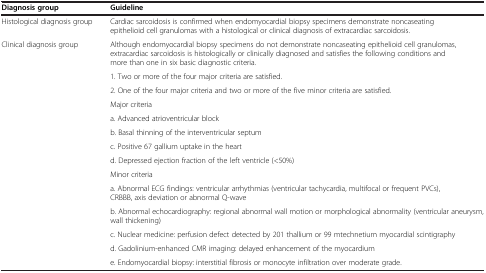
| Diagnosis group | Guideline |
 | --- | --- |
 | Histological diagnosis group | Cardiac sarcoidosis is confirmed when endomyocardial biopsy specimens demonstrate noncaseating epithelioid cell granulomas with a histological or clinical diagnosis of extracardiac sarcoidosis. |
 | Clinical diagnosis group | Although endomyocardial biopsy specimens do not demonstrate noncaseating epithelioid cell granulomas, extracardiac sarcoidosis is histologically or clinically diagnosed and satisfies the following conditions and more than one in six basic diagnostic criteria. |
 |  | 1. Two or more of the four major criteria are satisfied. |
 |  | 2. One of the four major criteria and two or more of the five minor criteria are satisfied. |
 |  | Major criteria |
 |  | a. Advanced atrioventricular block |
 |  | b. Basal thinning of the interventricular septum |
 |  | c. Positive 67 gallium uptake in the heart |
 |  | d. Depressed ejection fraction of the left ventricle (<50%) |
 |  | Minor criteria |
 |  | a. Abnormal ECG findings: ventricular arrhythmias (ventricular tachycardia, multifocal or frequent PVCs), CRBBB, axis deviation or abnormal Q-wave |
 |  | b. Abnormal echocardiography: regional abnormal wall motion or morphological abnormality (ventricular aneurysm, wall thickening) |
 |  | c. Nuclear medicine: perfusion defect detected by 201 thallium or 99 mtechnetium myocardial scintigraphy |
 |  | d. Gadolinium-enhanced CMR imaging: delayed enhancement of the myocardium |
 |  | e. Endomyocardial biopsy: interstitial fibrosis or monocyte infiltration over moderate grade. |